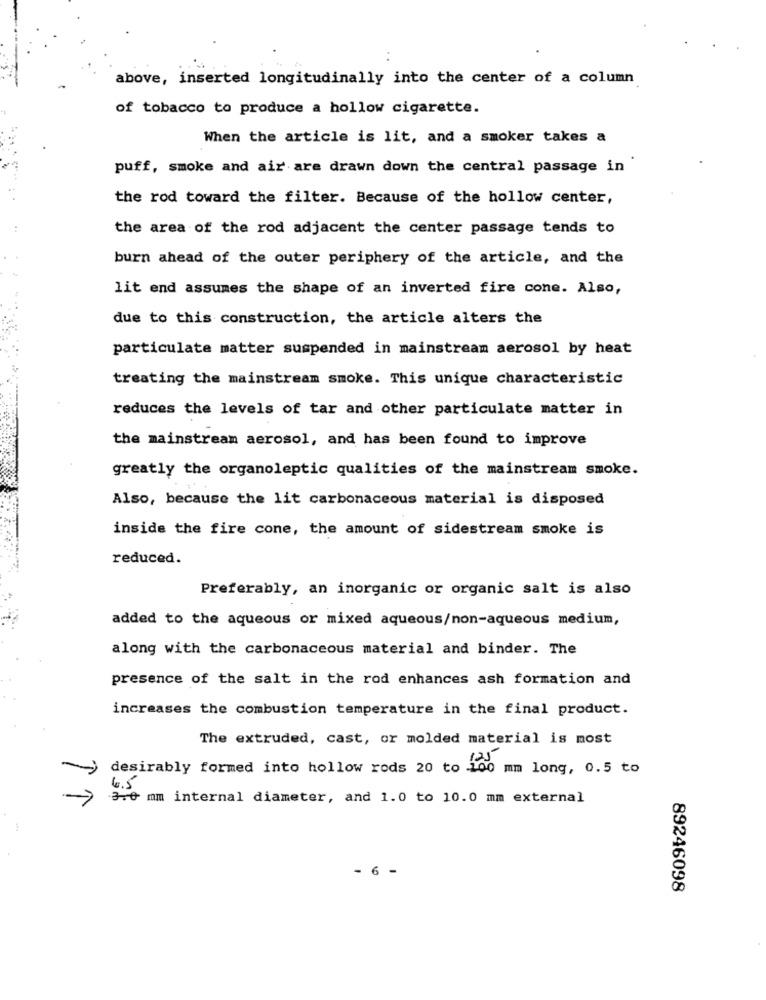
above, inserted longitudinally into the center of a column
of tobacco to produce a hollow cigarette.
When the article is lit, and a smoker takes a
puff, smoke and air are drawn down the central passage in
the rod toward the filter. Because of the hollow center,
the area of the rod adjacent the center passage tends to
burn ahead of the outer periphery of the article, and the
lit end assumes the shape of an inverted fire cone. Also,
due to this construction, the article alters the
particulate matter suspended in mainstream aerosol by heat
treating the mainstream smoke. This unique characteristic
reduces the levels of tar and other particulate matter in
the mainstream aerosol, and has been found to improve
greatly the organoleptic qualities of the mainstream smoke.
Also, because the lit carbonaceous material is disposed
inside the fire cone, the amount of sidestream smoke is
reduced.
Preferably, an inorganic or organic salt is also
added to the aqueous or mixed aqueous/non-aqueous medium,
along with the carbonaceous material and binder. The
presence of the salt in the rod enhances ash formation and
increases the combustion temperature in the final product.
The extruded, cast, or molded material is most
desirably formed into hollow rods 20 to 100 mm long, 0.5 to
6.5
3.0 mm internal diameter, and 1.0 to 10.0 mm external
- 6 -
89246098